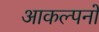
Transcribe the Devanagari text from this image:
आकल्पनों